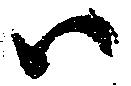
ハ